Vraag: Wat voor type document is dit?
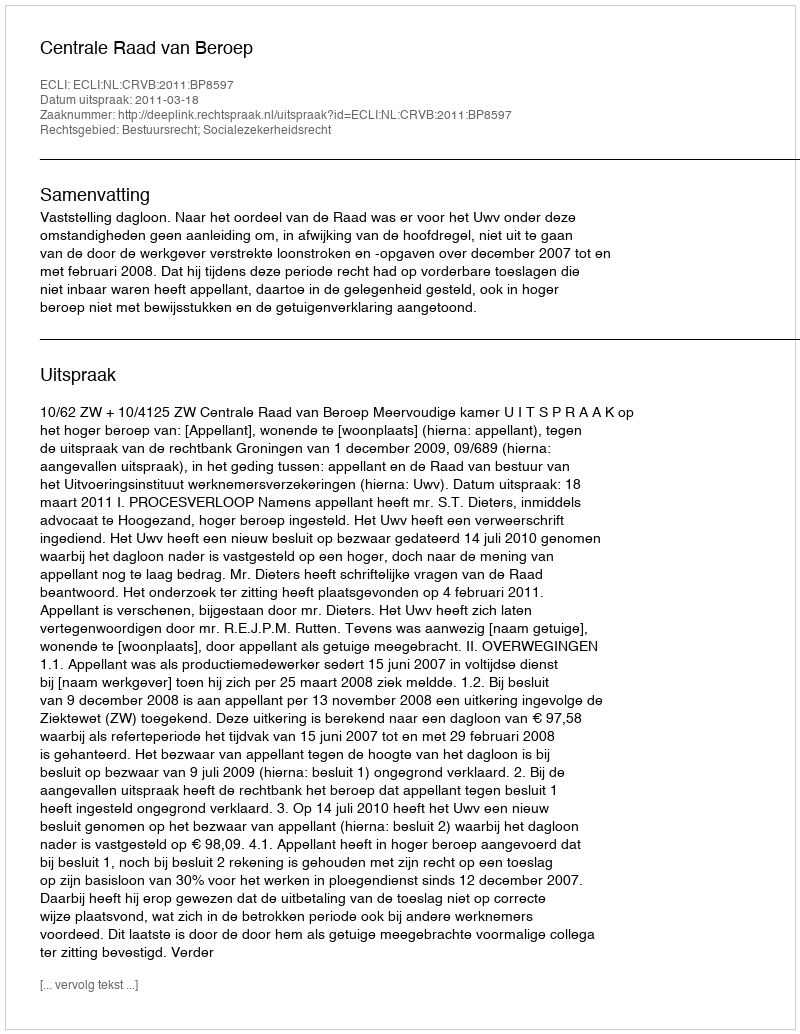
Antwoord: Uitspraak